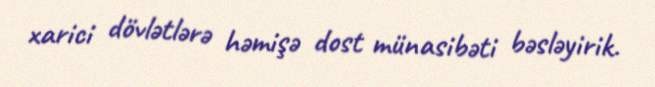
xarici dövlətlərə həmişə dost münasibəti bəsləyirik.